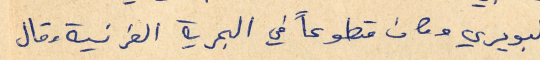
البويري وكان متطوعاً في البحرية الفرنسية وقال